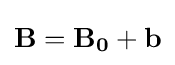
\mathbf {B} =\mathbf {B_{0}} +\mathbf {b}